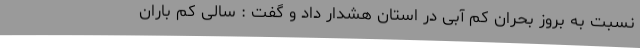
نسبت به بروز بحران کم آبی در استان هشدار داد و گفت : سالی کم باران